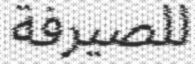
للصيرفة